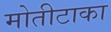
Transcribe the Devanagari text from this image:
मोतीटाका